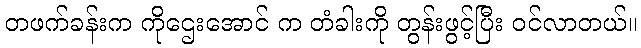
တဖက်ခန်းက ကိုဌေးအောင် က တံခါးကို တွန်းဖွင့်ပြီး ဝင်လာတယ်။